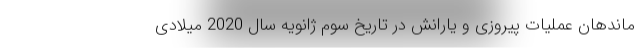
ماندهان عملیات پیروزی و یارانش در تاریخ سوم ژانویه سال 2020 میلادی